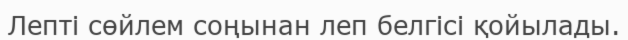
Лепті сөйлем соңынан леп белгісі қойылады.